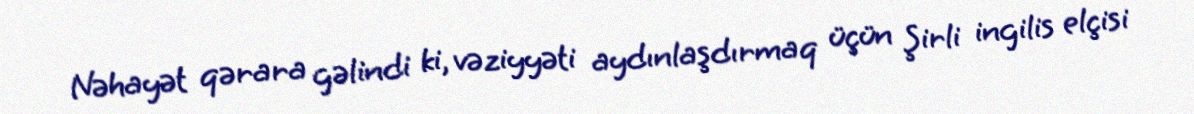
Nəhayət qərara gəlindi ki, vəziyyəti aydınlaşdırmaq üçün Şirli ingilis elçisi